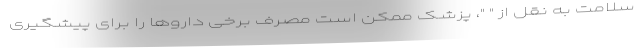
سلامت به نقل از " "، پزشک ممکن است مصرف برخی داروها را برای پیشگیری